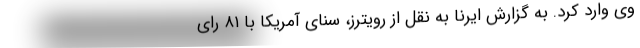
وی وارد کرد. به گزارش ایرنا به نقل از رویترز، سنای آمریکا با ۸۱ رای